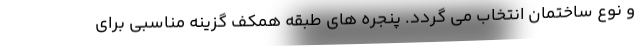
و نوع ساختمان انتخاب می گردد. پنجره های طبقه همکف گزینه مناسبی برای